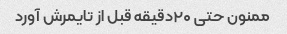
ممنون حتی ۲۰دقیقه قبل از تایمرش آورد